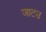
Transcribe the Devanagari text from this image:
जाटउ